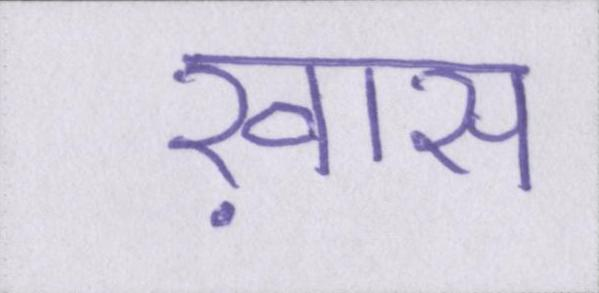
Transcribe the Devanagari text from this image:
ख़ास